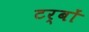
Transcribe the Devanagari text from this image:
टर्बों